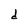
Character: d